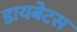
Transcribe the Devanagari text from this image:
डायबेटस